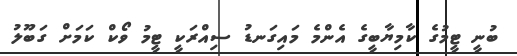
ބުނީ ޓީމުގެ ކާމިޔާބީގެ އެންމެ މައިގަނޑު ސިއްރަކީ ޓީމު ވޯކް ކަމަށް ގަބޫލު